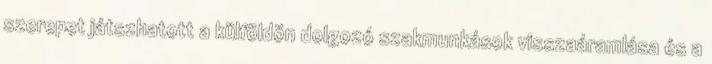
szerepet játszhatott a külföldön dolgozó szakmunkások visszaáramlása és a